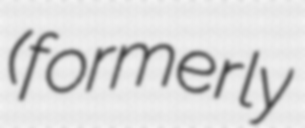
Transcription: (formerly